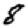
Digit: 8